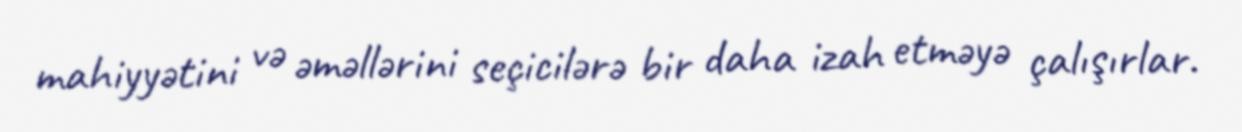
mahiyyətini və əməllərini seçicilərə bir daha izah etməyə çalışırlar.